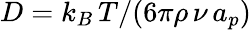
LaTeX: D=k_{B}\, T/(6\pi\rho\, \nu\, a_{p})